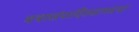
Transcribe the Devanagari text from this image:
यथासंपादितसामग्रया